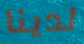
لدينا